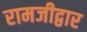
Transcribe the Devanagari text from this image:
रामजीद्वार